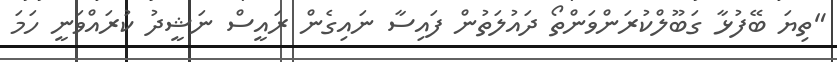
"ތިޔަ ބޭފުޅާ ގަބޫލްކުރަންވަންތޯ ދައުލަތުން ފައިސާ ނައިގެން ރައީސް ނަޝީދު ކުރައްވަނީ ހަމަ